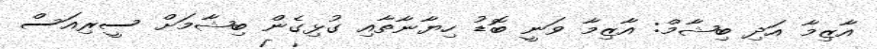
އާޒިމާ އަދި ބިޝާމް: އާޒިމާ ވަނީ ބޮޑު ހިޔާނާތާއި ގުޅިގެން ބިޝާމަށް ސީރިއަސް